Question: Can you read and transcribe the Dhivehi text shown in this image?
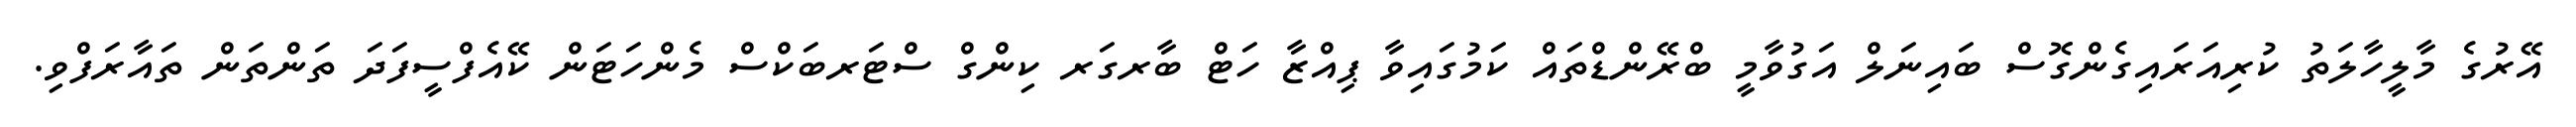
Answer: އޭރުގެ މާލީހާލަތު ކުރިއަރައިގެންގޮސް ބައިނަލް އަގުވާމީ ބްރޭންޑްތައް ކަމުގައިވާ ޕިއްޒާ ހަޓް ބާރގަރ ކިންގް ސްޓަރބަކްސް މެންހަޓަން ކޭއެފްސީފަދަ ތަންތަން ތައާރަފްވި.